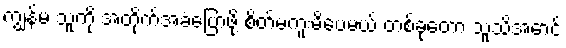
ကျွန်မ သူ့ကို အတိုက်အခံပြောဖို့ စိတ်မကူးမိပေမယ့် တစ်ခုတော့ သူသိအောင်